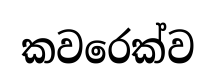
කවරෙක්ව